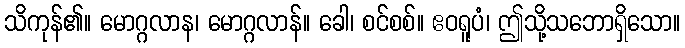
သိကုန်၏။ မောဂ္ဂလာန၊ မောဂ္ဂလာန်။ ခေါ၊ စင်စစ်။ ဧဝရူပံ၊ ဤသို့သဘောရှိသော။